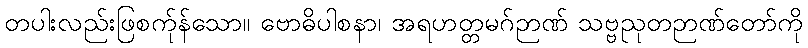
တပါးလည်းဖြစက်ုန်သော။ ဗောဓိပါစနာ၊ အရဟတ္တမဂ်ဉာဏ် သဗ္ဗညုတဉာဏ်တော်ကို